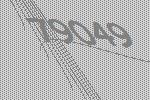
79049